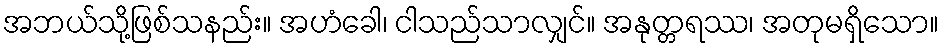
အဘယ်သို့ဖြစ်သနည်း။ အဟံခေါ၊ ငါသည်သာလျှင်။ အနုတ္တရဿ၊ အတုမရှိသော။